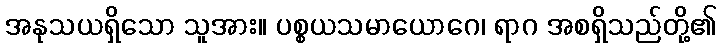
အနုသယရှိသော သူအား။ ပစ္စယသမာယောဂေ၊ ရာဂ အစရှိသည်တို့၏